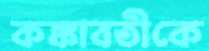
কঙ্কাবতীকে